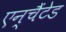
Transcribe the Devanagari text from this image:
एन्चैंटेड